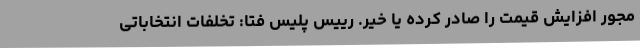
مجور افزایش قیمت را صادر کرده یا خیر. رییس پلیس فتا: تخلفات انتخاباتی